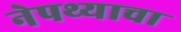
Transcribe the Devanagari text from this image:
नेपथ्याचा